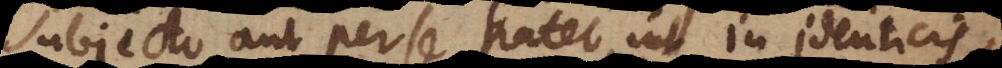
subjecto aut per se patet, ut in identicis,